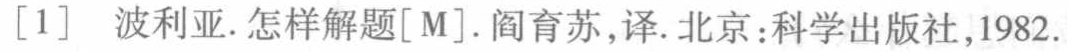
[1] 波利亚. 怎样解题[M]. 阎育苏,译. 北京:科学出版社,1982.